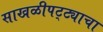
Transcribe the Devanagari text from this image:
साखळीपट्ट्याचा